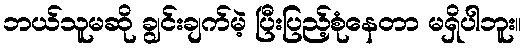
ဘယ်သူမဆို ချွင်းချက်မဲ့ ပြီးပြည့်စုံနေတာ မရှိပါဘူး။